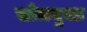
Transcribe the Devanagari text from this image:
खोलयुक्त